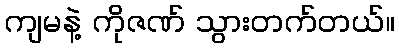
ကျမနဲ့ ကိုဇဏ် သွားတက်တယ်။